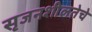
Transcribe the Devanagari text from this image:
सृजनशीलतेचे